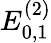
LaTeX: E_{0,1}^{(2)}